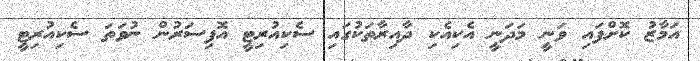
އަމާޒު ކޮށްފައި ވަނީ މަދަނީ އެކިއެކި ދާއިރާތަކުގައި ސެކިއުރިޓީ އޮފިސަރުން ނުވަތަ ސެކިއުރިޓީ